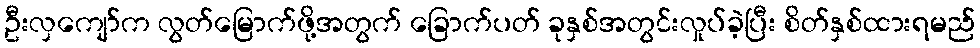
ဦးလှကျော်က လွတ်မြောက်ဖို့အတွက် ခြောက်ပတ် ခုနှစ်အတွင်းလှုပ်ခဲ့ပြီး စိတ်နှစ်ထားရမည်